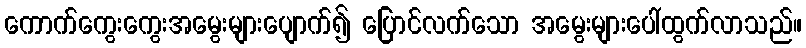
ကောက်ကွေးကွေးအမွေးများပျောက်၍ ပြောင်လက်သော အမွေးများပေါ်ထွက်လာသည်။